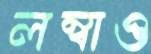
লম্বাও